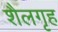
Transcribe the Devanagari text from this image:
शैलगृह